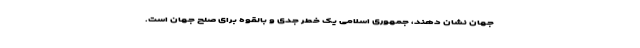
جهان نشان دهند، جمهوری اسلامی یک خطر جدی و بالقوه برای صلح جهان است.